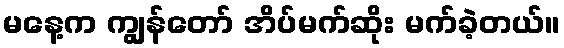
မနေ့က ကျွန်တော် အိပ်မက်ဆိုး မက်ခဲ့တယ်။